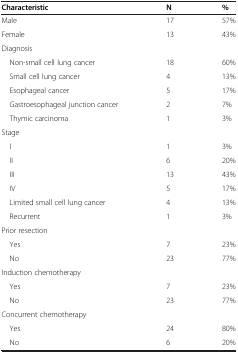
<table><thead><tr><td><b>Characteristic</b></td><td><b>N</b></td><td><b>%</b></td></tr></thead><tbody><tr><td>Male</td><td>17</td><td>57%</td></tr><tr><td>Female</td><td>13</td><td>43%</td></tr><tr><td>Diagnosis</td><td>[EMPTY_CELL]</td><td>[EMPTY_CELL]</td></tr><tr><td> Non-small cell lung cancer</td><td>18</td><td>60%</td></tr><tr><td> Small cell lung cancer</td><td>4</td><td>13%</td></tr><tr><td> Esophageal cancer</td><td>5</td><td>17%</td></tr><tr><td> Gastroesophageal junction cancer</td><td>2</td><td>7%</td></tr><tr><td> Thymic carcinoma</td><td>1</td><td>3%</td></tr><tr><td>Stage</td><td>[EMPTY_CELL]</td><td>[EMPTY_CELL]</td></tr><tr><td> I</td><td>1</td><td>3%</td></tr><tr><td> II</td><td>6</td><td>20%</td></tr><tr><td> III</td><td>13</td><td>43%</td></tr><tr><td> IV</td><td>5</td><td>17%</td></tr><tr><td> Limited small cell lung cancer</td><td>4</td><td>13%</td></tr><tr><td> Recurrent</td><td>1</td><td>3%</td></tr><tr><td>Prior resection</td><td>[EMPTY_CELL]</td><td>[EMPTY_CELL]</td></tr><tr><td> Yes</td><td>7</td><td>23%</td></tr><tr><td> No</td><td>23</td><td>77%</td></tr><tr><td>Induction chemotherapy</td><td>[EMPTY_CELL]</td><td>[EMPTY_CELL]</td></tr><tr><td> Yes</td><td>7</td><td>23%</td></tr><tr><td> No</td><td>23</td><td>77%</td></tr><tr><td>Concurrent chemotherapy</td><td>[EMPTY_CELL]</td><td>[EMPTY_CELL]</td></tr><tr><td> Yes</td><td>24</td><td>80%</td></tr><tr><td> No</td><td>6</td><td>20%</td></tr></tbody></table>